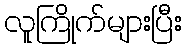
လူကြိုက်များပြီး